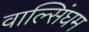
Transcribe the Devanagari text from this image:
वाल्सिंघम